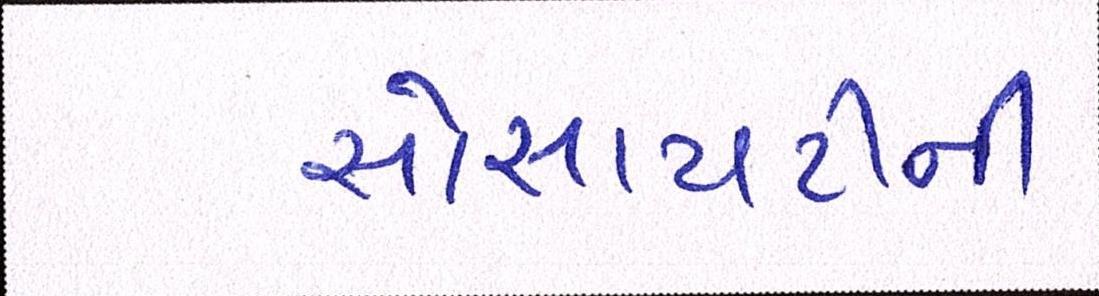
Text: સોસાયટીની